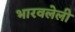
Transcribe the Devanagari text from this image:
भारवलेली